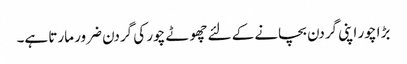
بڑا چور اپنی گردن بچانے کے لئے چھوٹے چور کی گردن ضرور مارتا ہے۔